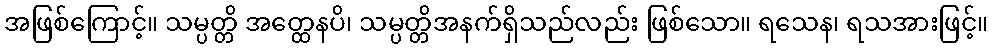
အဖြစ်ကြောင့်။ သမ္ပတ္တိ အတ္ထေနပိ၊ သမ္ပတ္တိအနက်ရှိသည်လည်း ဖြစ်သော။ ရသေန၊ ရသအားဖြင့်။